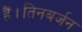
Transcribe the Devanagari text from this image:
हैं।तिनबर्जन